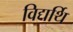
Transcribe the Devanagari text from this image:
विद्यर्थि